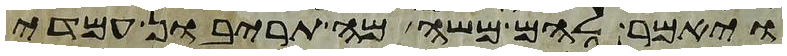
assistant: ויאמר להם משה מה תריבון עמדי